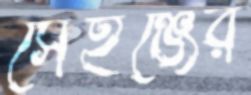
সেইঞ্জের